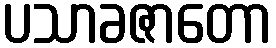
ပသာခဇာတော